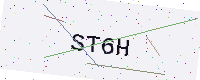
Text: ST6H